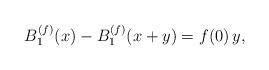
LaTeX: \begin{align*}B^{(f)}_{1}(x) - B^{(f)}_{1}(x+y) = f(0)\,y,\end{align*}